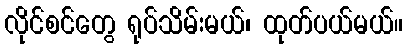
လိုင်စင်တွေ ရုပ်သိမ်းမယ်၊ ထုတ်ပယ်မယ်။